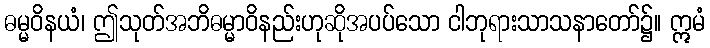
ဓမ္မဝိနယံ၊ ဤသုတ်အဘိဓမ္မာဝိနည်းဟုဆိုအပပ်သော ငါဘုရားသာသနာတော်၌။ ဣမံ